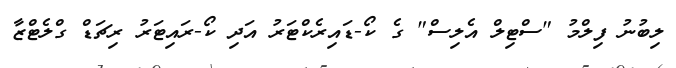
ލިބުނު ފިލްމު "ސްޓިލް އެލިސް" ގެ ކޯ-ޑައިރެކްޓަރު އަދި ކޯ-ރައިޓަރު ރިޗަޑް ގްލެޓްޒާ